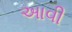
અાવી